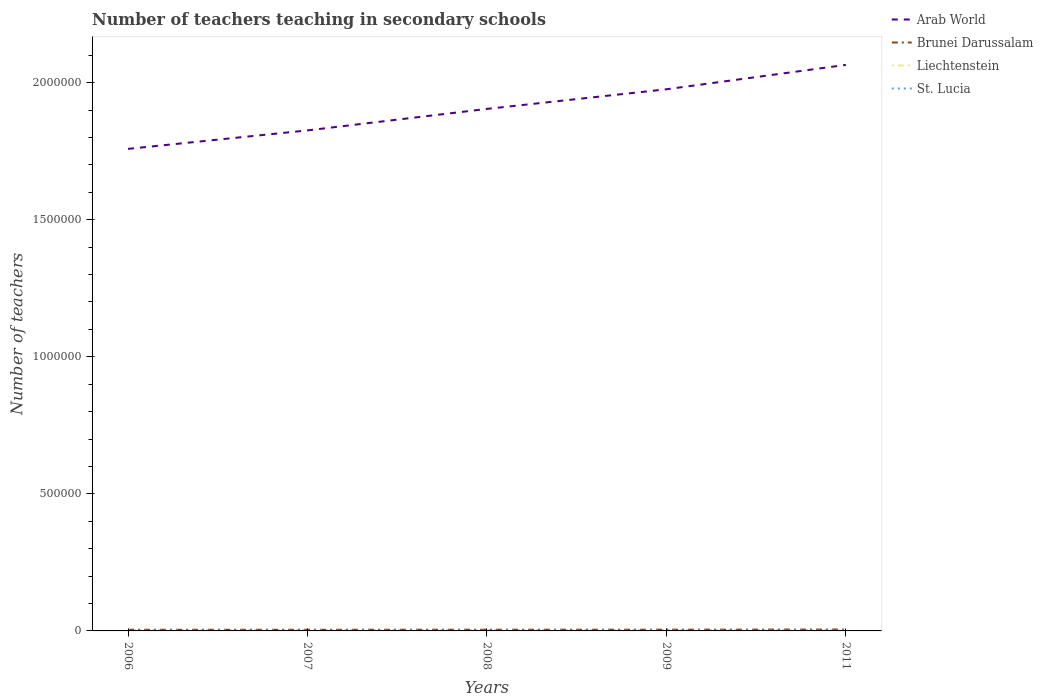
| Years | Arab World | Brunei Darussalam | Liechtenstein | St. Lucia |
 | --- | --- | --- | --- | --- |
 | 2006 | 1.76e+06 | 4.26e+03 | 352 | 845 |
 | 2007 | 1.83e+06 | 4.27e+03 | 369 | 907 |
 | 2008 | 1.9e+06 | 4.44e+03 | 327 | 979 |
 | 2009 | 1.98e+06 | 4.6e+03 | 339 | 1e+03 |
 | 2011 | 2.07e+06 | 5.02e+03 | 309 | 1.02e+03 |